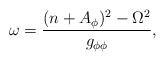
LaTeX: \begin{align*}\omega=\frac{(n+A_\phi)^2-\Omega^2}{g_{\phi\phi}},\end{align*}